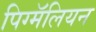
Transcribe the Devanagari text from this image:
पिग्मॅलियन